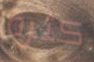
كثرة